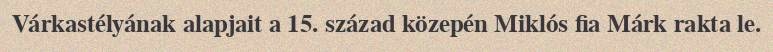
Várkastélyának alapjait a 15. század közepén Miklós fia Márk rakta le.